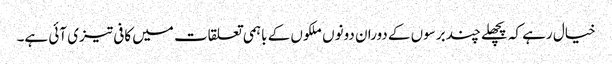
خیال رہے کہ پچھلے چند برسوں کے دوران دونوں ملکوں کے باہمی تعلقات میں کافی تیزی آئی ہے۔